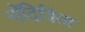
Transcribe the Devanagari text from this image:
नोंदिविता